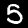
Digit: 5